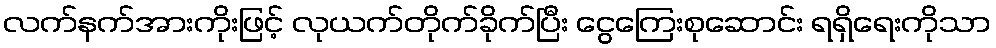
လက်နက်အားကိုးဖြင့် လုယက်တိုက်ခိုက်ပြီး ငွေကြေးစုဆောင်း ရရှိရေးကိုသာ